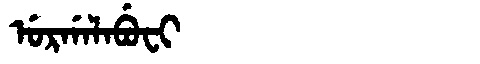
Manchu: ᡠᡵᡤᠠᠯᠠᠪᡠᠸᡳ
Romanization: URGALABUFI